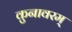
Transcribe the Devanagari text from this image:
कुनावरम्